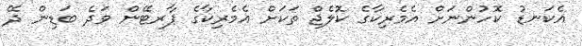
އެކަނޑު ކޮހުންނަށް އެމެރިކާގެ ކޮލެޖް ތަކަށް އެމެރިކާގެ ޕާރޓޭން ވަދެ ބަޑިން ދޭ